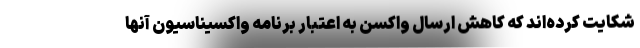
شکایت کرده‌اند که کاهش ارسال واکسن به اعتبار برنامه واکسیناسیون آنها